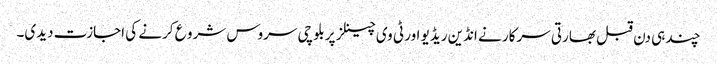
چند ہی دن قبل بھارتی سرکار نے انڈین ریڈیو اور ٹی وی چینلز پر بلوچی سروس شرو ع کرنے کی اجازت دیدی۔